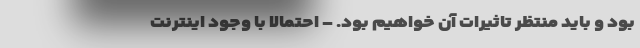
بود و باید منتظر تاثیرات آن خواهیم بود. – احتمالا با وجود اینترنت